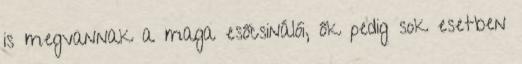
is megvannak a maga esőcsinálói, ők pedig sok esetben